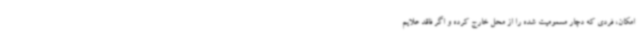
امکان، فردی که دچار مسمومیت شده را از محل خارج کرده و اگر فاقد علایم